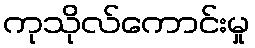
ကုသိုလ်ကောင်းမှု